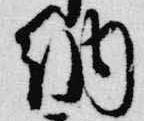
納